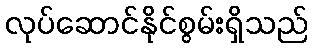
လုပ်ဆောင်နိုင်စွမ်းရှိသည်